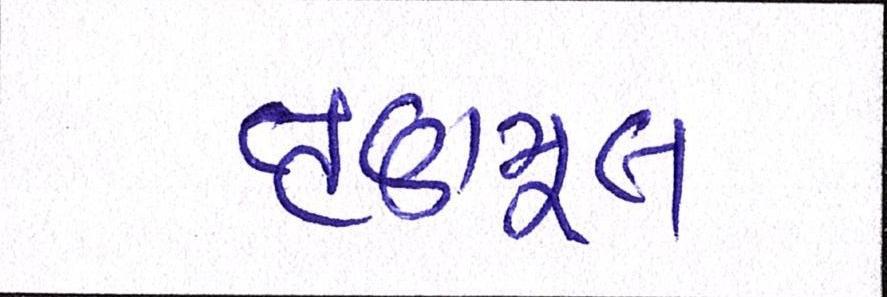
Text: તૃણમૂલ